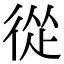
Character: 從